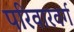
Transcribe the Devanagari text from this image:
परिवारवर्ग